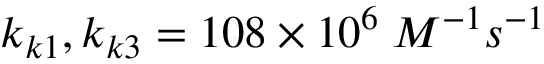
k _ { k 1 } , k _ { k 3 } = 1 0 8 \times 1 0 ^ { 6 } \; M ^ { - 1 } s ^ { - 1 }